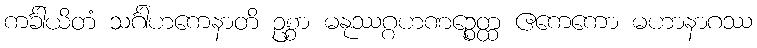
ကင်္ခါယိတံ သင်္ဂါဟကေနာတိ ဥစ္စာ မနုဿဂ္ဂဟဏဉ္စေတ္ထ ဧကေကော မဟာနာဂဿ